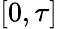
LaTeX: [0,\tau]